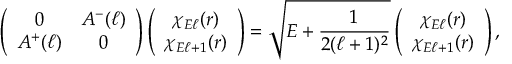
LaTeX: \left( \begin{array} { c c } { { 0 } } & { { A ^ { - } ( \ell ) } } \\ { { A ^ { + } ( \ell ) } } & { { 0 } } \end{array} \right) \left( \begin{array} { c } { { \chi _ { E \ell } ( r ) } } \\ { { \chi _ { E \ell + 1 } ( r ) } } \end{array} \right) = \sqrt { E + \frac { 1 } { 2 ( \ell + 1 ) ^ { 2 } } } \left( \begin{array} { c } { { \chi _ { E \ell } ( r ) } } \\ { { \chi _ { E \ell + 1 } ( r ) } } \end{array} \right) ,